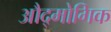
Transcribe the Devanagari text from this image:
औद्मोगिक